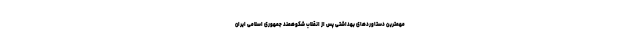
مهمترین دستاوردهای بهداشتی پس از انقلاب شکوهمند جمهوری اسلامی ایران